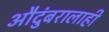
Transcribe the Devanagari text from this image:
औदुंबरालाही